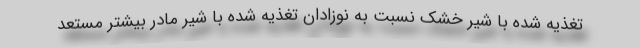
تغذیه شده با شیر خشک نسبت به نوزادان تغذیه شده با شیر مادر بیشتر مستعد